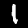
Label: 1